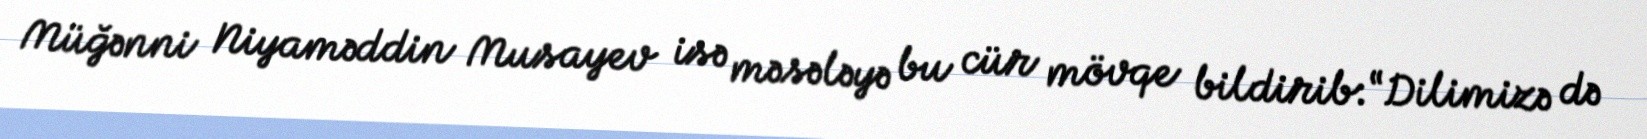
Müğənni Niyaməddin Musayev isə məsələyə bu cür mövqe bildirib:“Dilimizə də